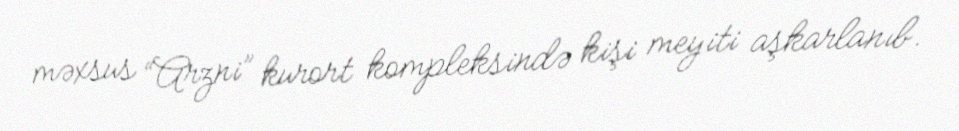
məxsus “Arzni” kurort kompleksində kişi meyiti aşkarlanıb.